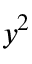
y ^ { 2 }